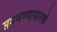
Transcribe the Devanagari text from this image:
समजण्यासारखे